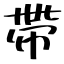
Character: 帶